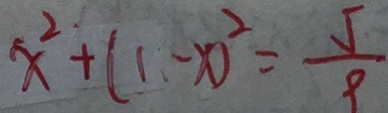
x ^ { 2 } + ( 1 - x ) ^ { 2 } = \frac { 5 } { 9 }